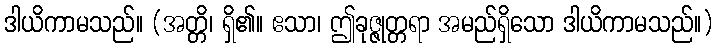
ဒါယိကာမသည်။ (အတ္တိ၊ ရှိ၏။ ဧသာ၊ ဤခုဇ္ဇုတ္တရာ အမည်ရှိသော ဒါယိကာမသည်။)